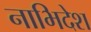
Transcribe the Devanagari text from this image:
नाभिदेश